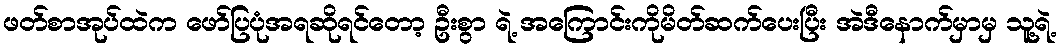
ဖတ်စာအုပ်ထဲက ဖော်ပြပုံအရဆိုရင်တော့ ဦးစွာ ရဲ့ အကြောင်းကိုမိတ်ဆက်ပေးပြီး အဲဒီနောက်မှာမှ သူ့ရဲ့